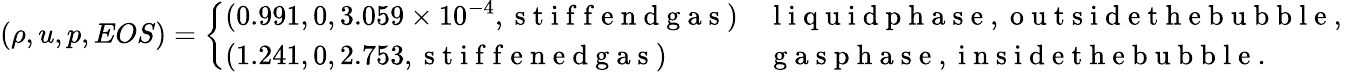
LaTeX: \left(\rho,u,p,EOS\right)=\left\{ \begin{array}{ll}{(0.991,0,3.059\times 10^{-4},\mathrm{~s~t~i~f~f~e~n~d~g~a~s~})}&{\mathrm{~l~i~q~u~i~d~p~h~a~s~e~,~o~u~t~s~i~d~e~t~h~e~b~u~b~b~l~e~,~}}\\ {(1.241,0,2.753,\mathrm{~s~t~i~f~f~e~n~e~d~g~a~s~})}&{\mathrm{~g~a~s~p~h~a~s~e~,~i~n~s~i~d~e~t~h~e~b~u~b~b~l~e~.~}}\end{array}\right.